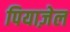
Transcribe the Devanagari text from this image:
पियाज़ेल